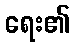
ရေး၏